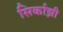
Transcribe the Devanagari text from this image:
सिर्काझी